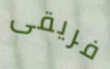
فريقى